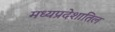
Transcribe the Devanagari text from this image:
मध्यप्रदेशातिल